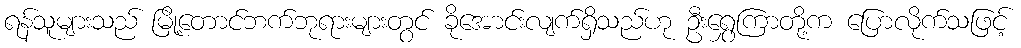
ရန်သူများသည် မြို့တောင်ဘက်ဘုရားများတွင် ခိုအောင်းလျက်ရှိသည်ဟု ဦးရွှေကြာတို့က ပြောလိုက်သဖြင့်